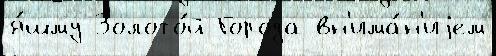
я́шму Золото́й Города вн'има́н'иjем